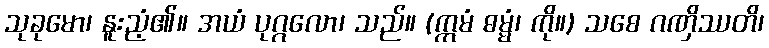
သုခုမော၊ နူးညံ့၏။ အယံ ပုဂ္ဂလော၊ သည်။ (ဣမံ ဓမ္မံ၊ ကို။) သစေ ဂဏှိဿတိ၊